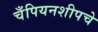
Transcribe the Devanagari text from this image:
चँपियनशीपचे